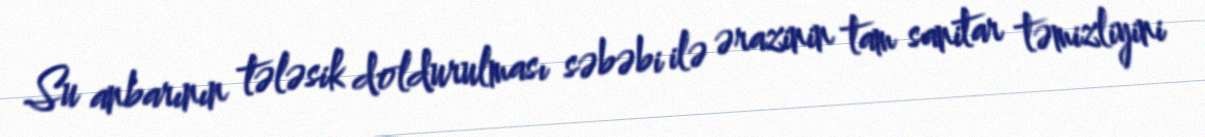
Su anbarının tələsik doldurulması səbəbi ilə ərazinin tam sanitar təmizliyini